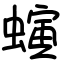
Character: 螾